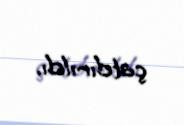
çatdırıldı.